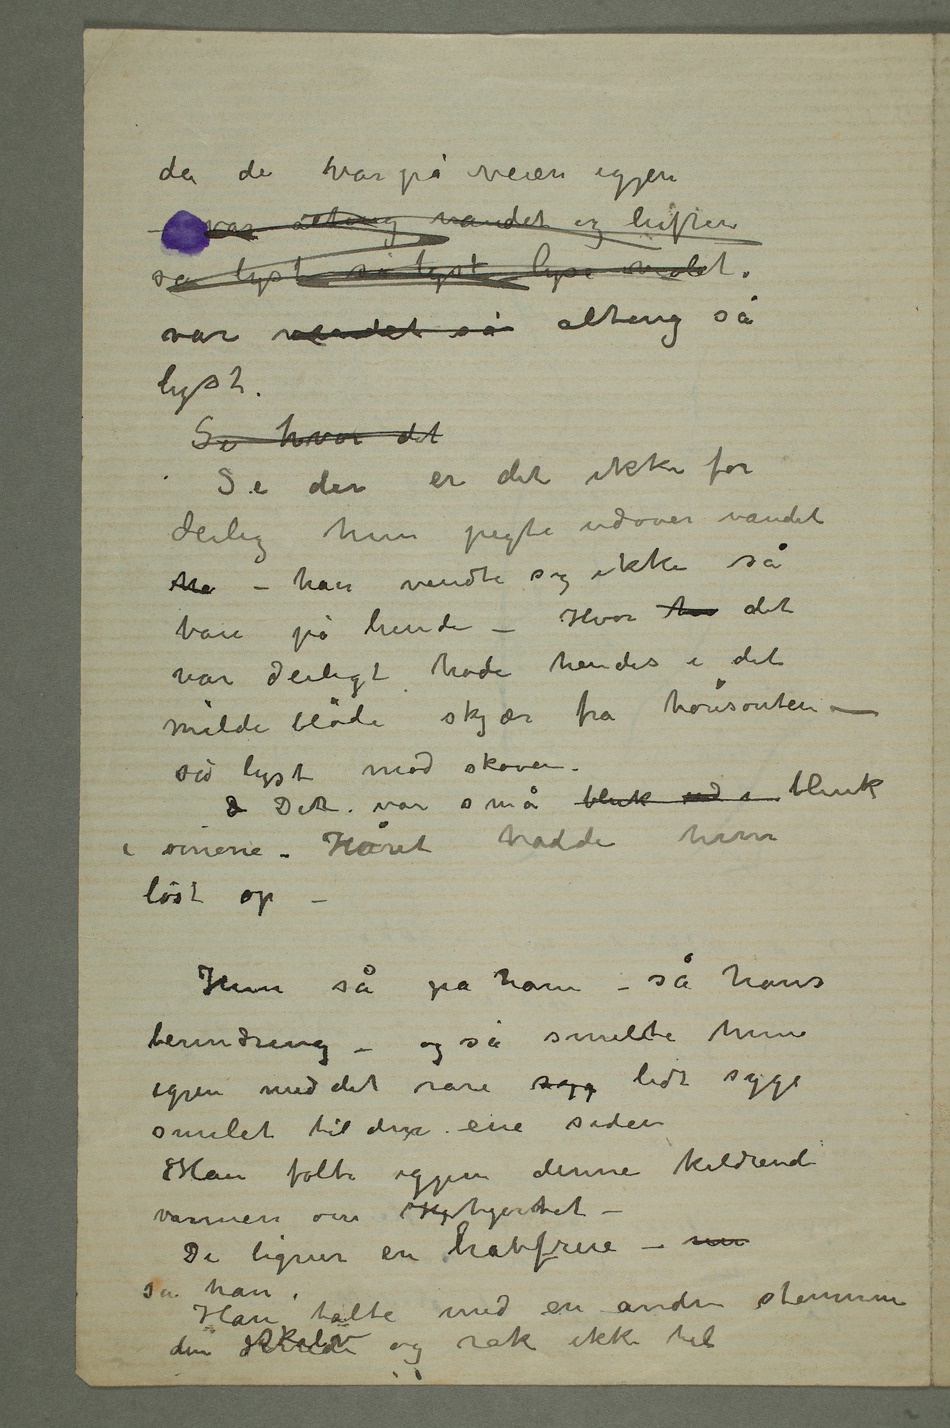
da de var på veien igjen
– var alting vandet og luften
så lyst så lyst lyse violet.
var vandet så alting så
lyst.
Se hvor det
Se der er det ikke for
deilig  hun pegte udover vandet
ha – han vendte sig ikke så
bare på hende – Hvor han det
var deiligt hode hendes i det
milde bløde skjær fra horisonten –
så lyst mod skoven.
D Det var små blink ind i blink i
øinene. Håret hadde hun
løst op –
Hun så på ham – så hans
beundring – og så smilte hun
igjen med det rare syg lidt syge
smilet til den ene siden
Han følte igjen denne kildrende
varmen om Hjhjertet
– De ligner en havfrue – sier
sa han.
Han talte med en anden stemme
den dirredeskalv og rak ikke til